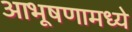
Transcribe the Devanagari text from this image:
आभूषणामध्ये